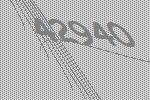
42940